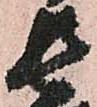
長